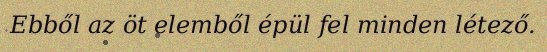
Ebből az öt elemből épül fel minden létező.